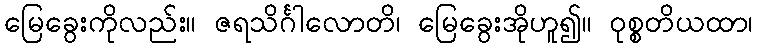
မြေခွေးကိုလည်း။ ဇရသိင်္ဂါလောတိ၊ မြေခွေးအိုဟူ၍။ ဝုစ္စတိယထာ၊